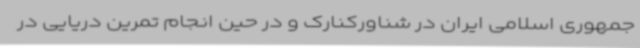
جمهوری اسلامی ایران در شناورکنارک و در حین انجام تمرین دریایی در